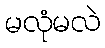
မလုံမလဲ